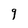
Character: 9